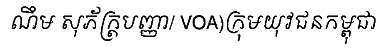
ណឹម សុភ័ក្ត្របញ្ញា/ VOA)ក្រុមយុវជនកម្ពុជា